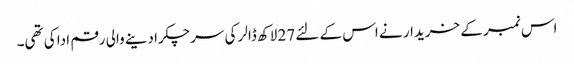
اس نمبر کے خریدار نے اس کے لئے 27 لاکھ ڈالر کی سرچکرادینے والی رقم ادا کی تھی۔